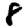
Digit: 8